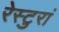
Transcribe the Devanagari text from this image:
रेस्टुरां